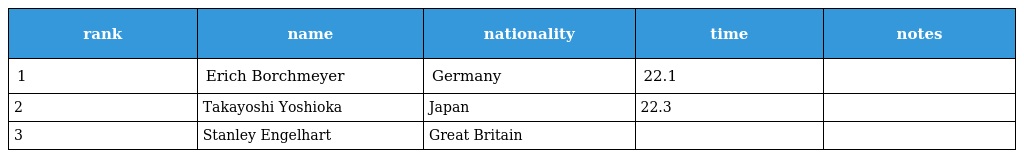
| rank | name | nationality | time | notes |
 | --- | --- | --- | --- | --- |
 | 1 | Erich Borchmeyer | Germany | 22.1 |  |
 | 2 | Takayoshi Yoshioka | Japan | 22.3 |  |
 | 3 | Stanley Engelhart | Great Britain |  |  |